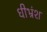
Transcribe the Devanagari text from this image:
धीभ्रंश